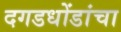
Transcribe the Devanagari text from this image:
दगडधोंडांचा